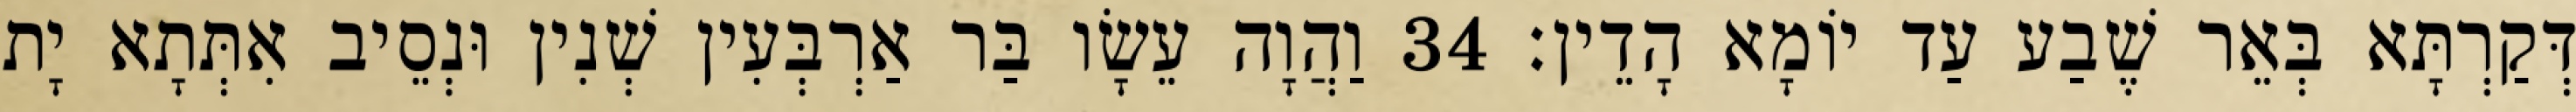
דְּקַרְתָּא בְּאֵר שֶׁבַע עַד יוֹמָא הָדֵין׃ 34 וַהֲוָה עֵשָׂו בַּר אַרְבְּעִין שְׁנִין וּנְסֵיב אִתְּתָא יָת